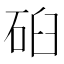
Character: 𰦹